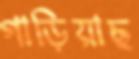
গাড়িয়াছ